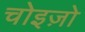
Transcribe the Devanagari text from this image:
चोइज़ो